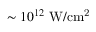
\sim 1 0 ^ { 1 2 } ~ \mathrm { W / c m ^ { 2 } }